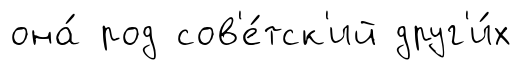
она́ род сов'е́тск'ий друг'и́х